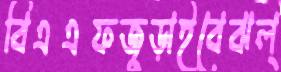
বিএএফজুড়াইবেঝল্